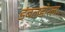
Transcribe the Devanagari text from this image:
डंबलडोरला